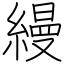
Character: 縵